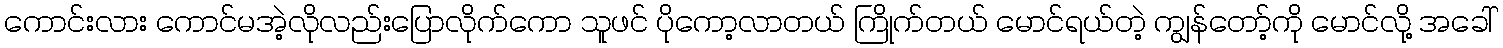
ကောင်းလား ကောင်မအဲ့လိုလည်းပြောလိုက်ကော သူဖင် ပိုကော့လာတယ် ကြိုက်တယ် မောင်ရယ်တဲ့ ကျွန်တော့်ကို မောင်လို့ အခေါ်